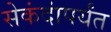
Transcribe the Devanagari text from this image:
सेकंदांपर्यंत